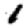
Digit: 1